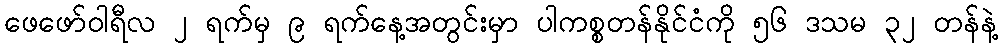
ဖေဖော်ဝါရီလ ၂ ရက်မှ ၉ ရက်နေ့အတွင်းမှာ ပါကစ္စတန်နိုင်ငံကို ၅၆ ဒသမ ၃၂ တန်နဲ့